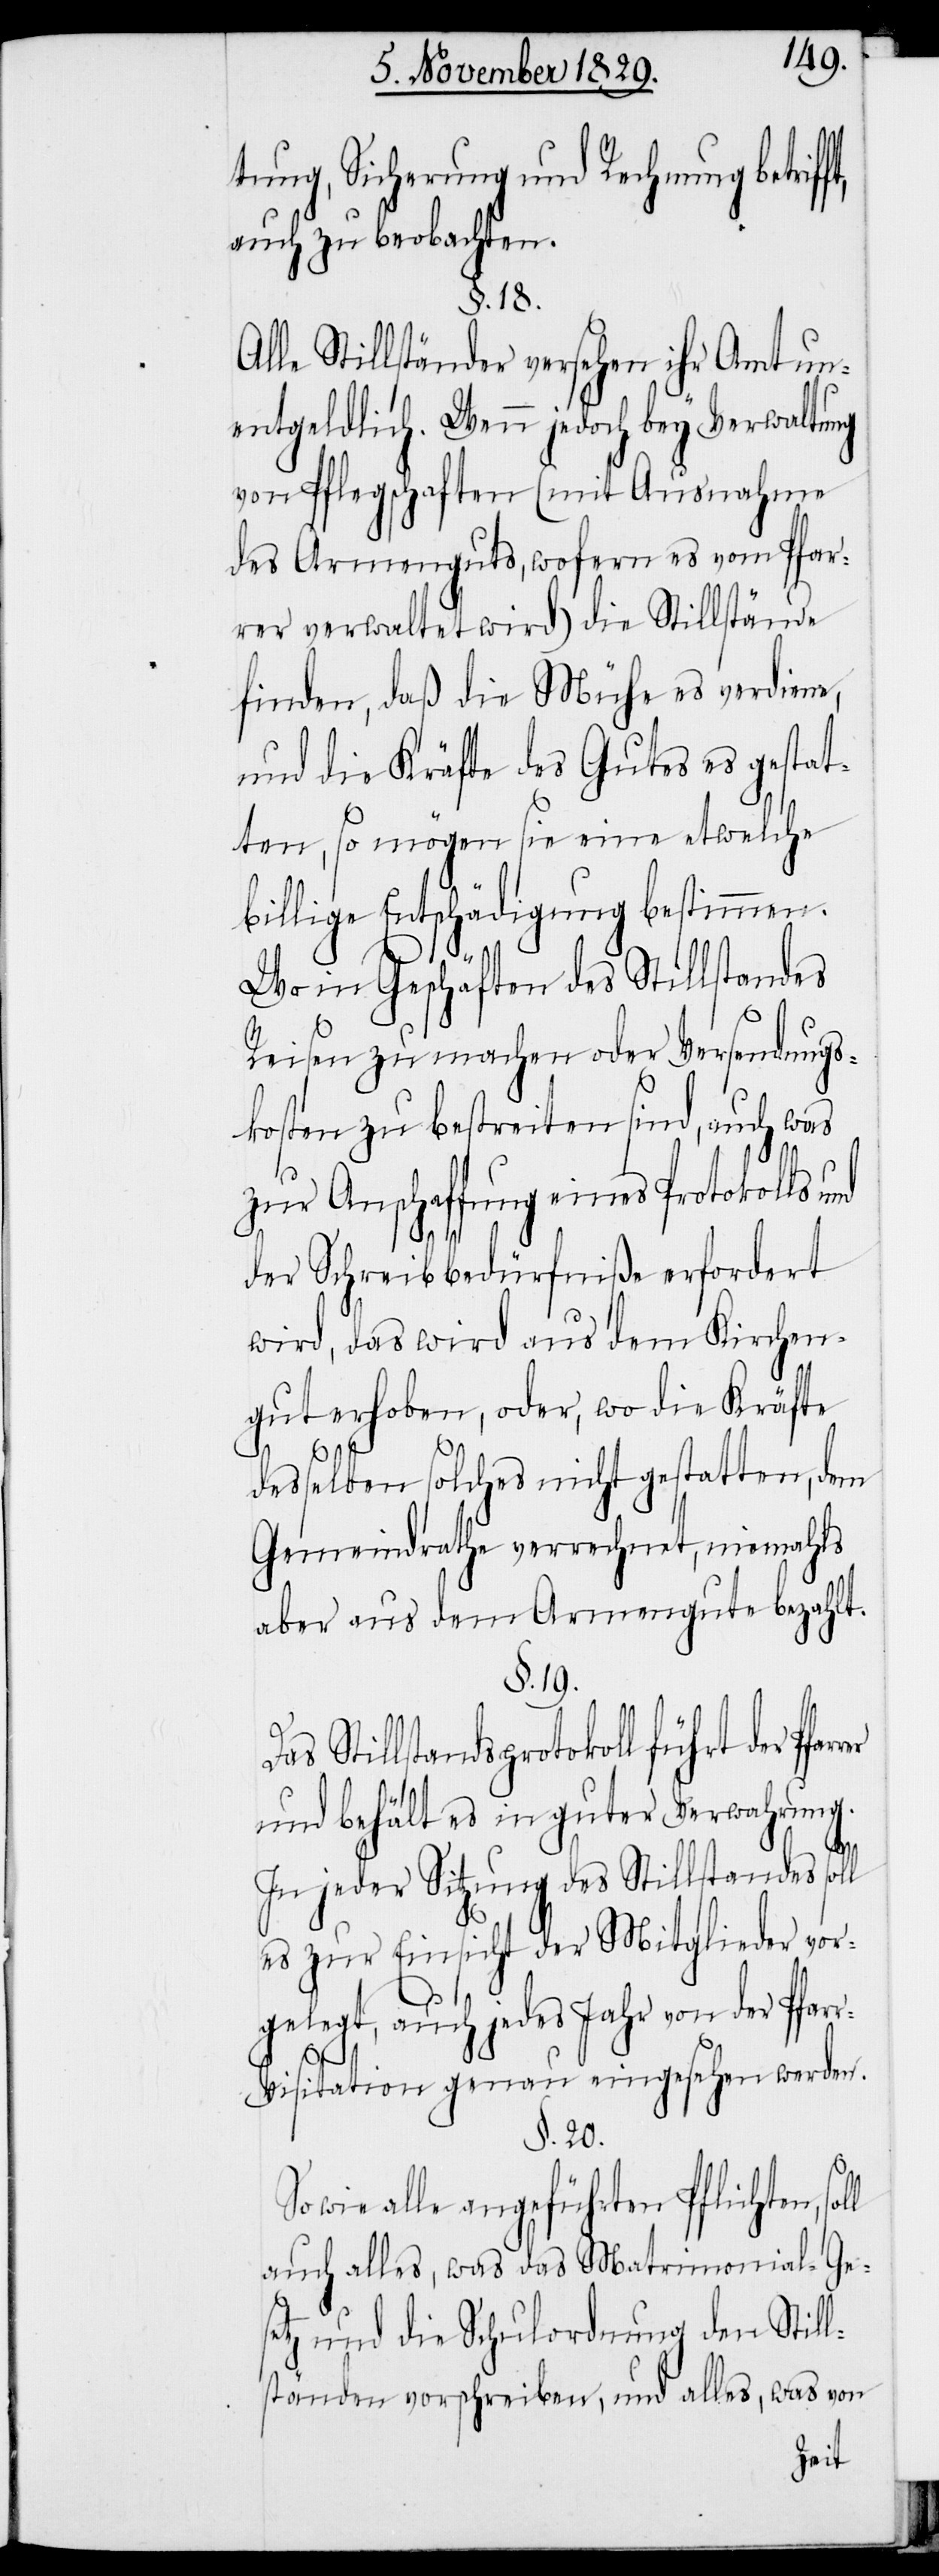
tung, Sicherung und Rechnung betriff¬
auch zu beobachten.
§. 18.
Alle Stillständer versehen ihr Amt un¬
entgeldlich. Wenn jedoch bey Verwaltung
von Pflegschaften (mit Ausnahme
des Armenguts, wofern es vom Pfar¬
rer verwaltet wird) die Stillstände
finden, daß die Mühe es verdiene,
und die Kräfte des Gutes es gestat¬
ten, so mögen sie eine etwelche
billige Entschädigung bestimmen.
Wo in Geschäften des Stillstandes
Reisen zu machen oder Verwendungs¬
kosten zu bestreiten sind, auch was
zur Anschaffung eines Protokolls und
t,
der Schreibbedürfniße erfordert
wird, das wird aus dem Kirchen¬
gut erhoben, oder, wo die Kräfte
desselben solches nicht gestatten, dem
Gemeindrathe verrechnet, niemahls
aber aus dem Armengute bezahlt.
§. 19.
Stillstandsprotokoll führt der
und behält es in guter Verwahrung.
In jeder Sitzung des Stillstandes soll
es zur Einsicht der Mitglieder vor¬
gelegt, auch jedes Jahr von der Pfar¬
r-Visitation genau eingesehen werden.
§. 20.
So wie alle angeführten Pflichten,
auch alles, was das Matrimonial-Ge¬
setz und die Schulordnung den Still¬
ständen vorschreiben, und alles, was von